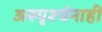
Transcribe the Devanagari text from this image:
अस्पृश्यंनाही